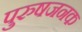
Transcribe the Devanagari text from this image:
पुरुषजनक